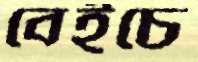
বেইচে